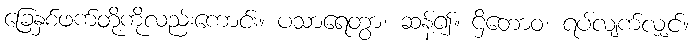
ခြေနှစ်ဖက်တို့ကိုလည်းကောင်း။ ပသာရေတွာ၊ ဆန့်၍။ ဌိတောဝ၊ ရပ်လျက်လျှင်။